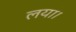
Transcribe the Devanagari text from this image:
लया।